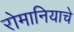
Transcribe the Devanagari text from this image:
रोमानियाचे